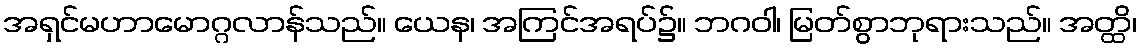
အရှင်မဟာမောဂ္ဂလာန်သည်။ ယေန၊ အကြင်အရပ်၌။ ဘဂဝါ၊ မြတ်စွာဘုရားသည်။ အတ္ထိ၊